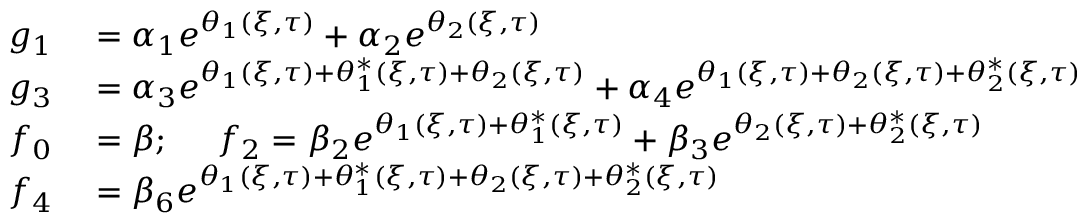
\begin{array} { r l } { g _ { 1 } } & { { } = \alpha _ { 1 } e ^ { \theta _ { 1 } ( \xi , \tau ) } + \alpha _ { 2 } e ^ { \theta _ { 2 } ( \xi , \tau ) } } \\ { g _ { 3 } } & { { } = \alpha _ { 3 } e ^ { \theta _ { 1 } ( \xi , \tau ) + \theta _ { 1 } ^ { * } ( \xi , \tau ) + \theta _ { 2 } ( \xi , \tau ) } + \alpha _ { 4 } e ^ { \theta _ { 1 } ( \xi , \tau ) + \theta _ { 2 } ( \xi , \tau ) + \theta _ { 2 } ^ { * } ( \xi , \tau ) } } \\ { f _ { 0 } } & { { } = \beta ; \quad \ f _ { 2 } = \beta _ { 2 } e ^ { \theta _ { 1 } ( \xi , \tau ) + \theta _ { 1 } ^ { * } ( \xi , \tau ) } + \beta _ { 3 } e ^ { \theta _ { 2 } ( \xi , \tau ) + \theta _ { 2 } ^ { * } ( \xi , \tau ) } } \\ { f _ { 4 } } & { { } = \beta _ { 6 } e ^ { \theta _ { 1 } ( \xi , \tau ) + \theta _ { 1 } ^ { * } ( \xi , \tau ) + \theta _ { 2 } ( \xi , \tau ) + \theta _ { 2 } ^ { * } ( \xi , \tau ) } } \end{array}